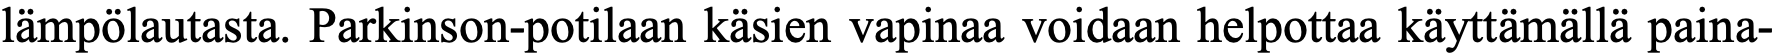
lämpölautasta. Parkinson-potilaan käsien vapinaa voidaan helpottaa käyttämällä paina-